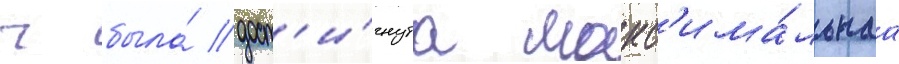
ч была́ дост'и́гнута макс'има́льнаа